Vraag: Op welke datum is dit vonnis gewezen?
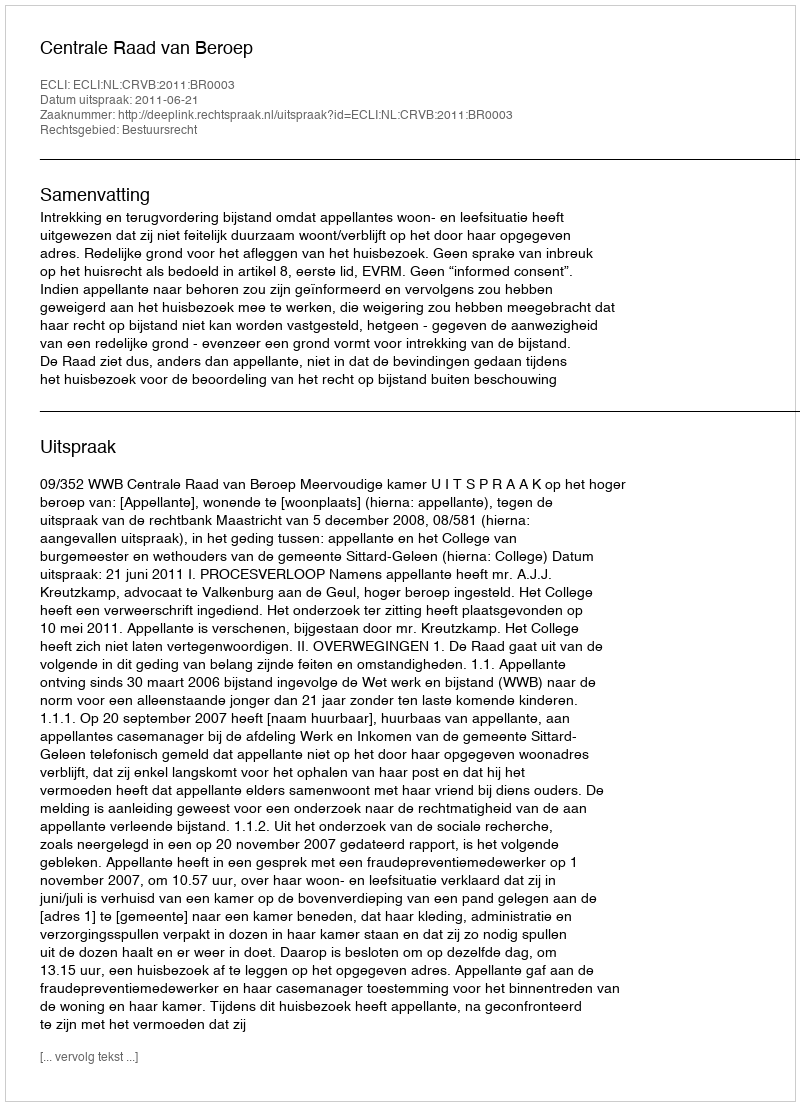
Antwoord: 2011-06-21